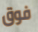
فوق